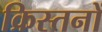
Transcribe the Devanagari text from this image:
क्रिस्तनों